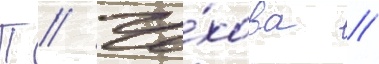
П // Че́хова /